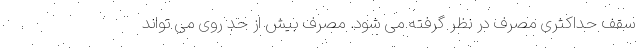
سقف حداکثری مصرف در نظر گرفته می شود. مصرف بیش از حد روی می تواند